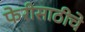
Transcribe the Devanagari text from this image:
फेरीसाठीचे